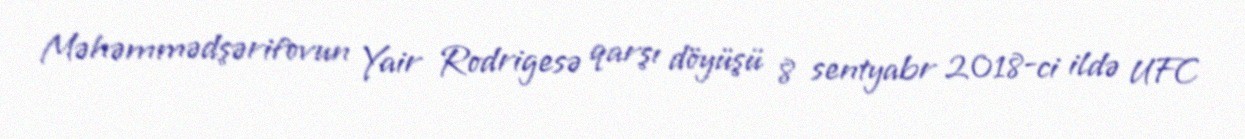
Məhəmmədşərifovun Yair Rodrigesə qarşı döyüşü 8 sentyabr 2018-ci ildə UFC